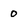
Character: 0